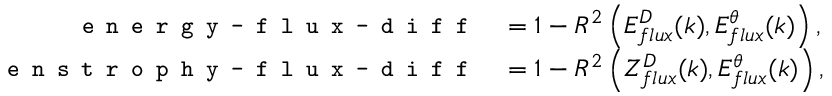
\begin{array} { r l } { \texttt { \small e n e r g y - f l u x - d i f f } } & { = 1 - R ^ { 2 } \left( E _ { f l u x } ^ { D } ( k ) , E _ { f l u x } ^ { \theta } ( k ) \right) , } \\ { \texttt { \small e n s t r o p h y - f l u x - d i f f } } & { = 1 - R ^ { 2 } \left( Z _ { f l u x } ^ { D } ( k ) , E _ { f l u x } ^ { \theta } ( k ) \right) , } \end{array}